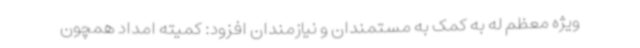
ویژه معظم له به کمک به مستمندان و نیازمندان افزود: کمیته امداد همچون